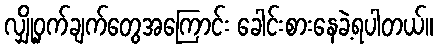
လျှို့ဝှက်ချက်တွေအကြောင်း ခေါင်းစားနေခဲ့ရပါတယ်။